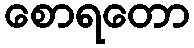
စောရတော